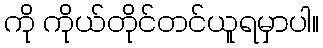
ကို ကိုယ်တိုင်တင်ယူရမှာပါ။